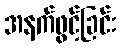
အနက်ဖွင့်ခြင်း